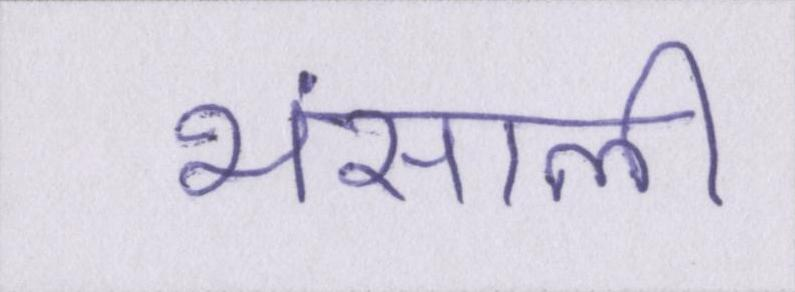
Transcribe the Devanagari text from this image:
भंसाली